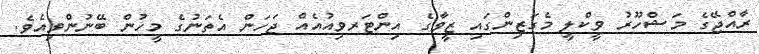
ރާއްޖޭގެ މަޝްހޫރު ވީކްލީ މެގަޒިންގައި ޒީވާގެ އިންޓަރވިއުއެއް ޖަހަން އެތަނުގެ މީހުން ބޭނުންވިއެވެ.